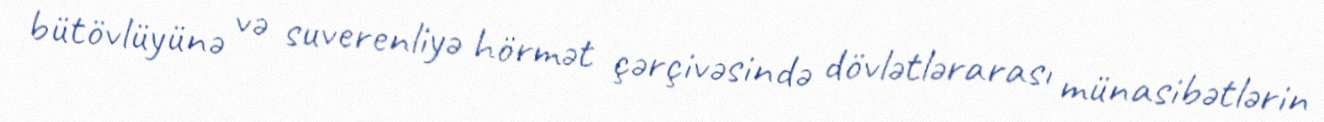
bütövlüyünə və suverenliyə hörmət çərçivəsində dövlətlərarası münasibətlərin